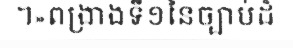
។»ពង្រាងទី១នៃច្បាប់ដ៏